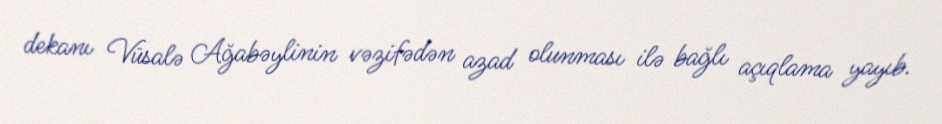
dekanı Vüsalə Ağabəylinin vəzifədən azad olunması ilə bağlı açıqlama yayıb.